Civil Veterinary Dept. North-West Frontier Province 1933-46 - 1933-1946
Year: 1933
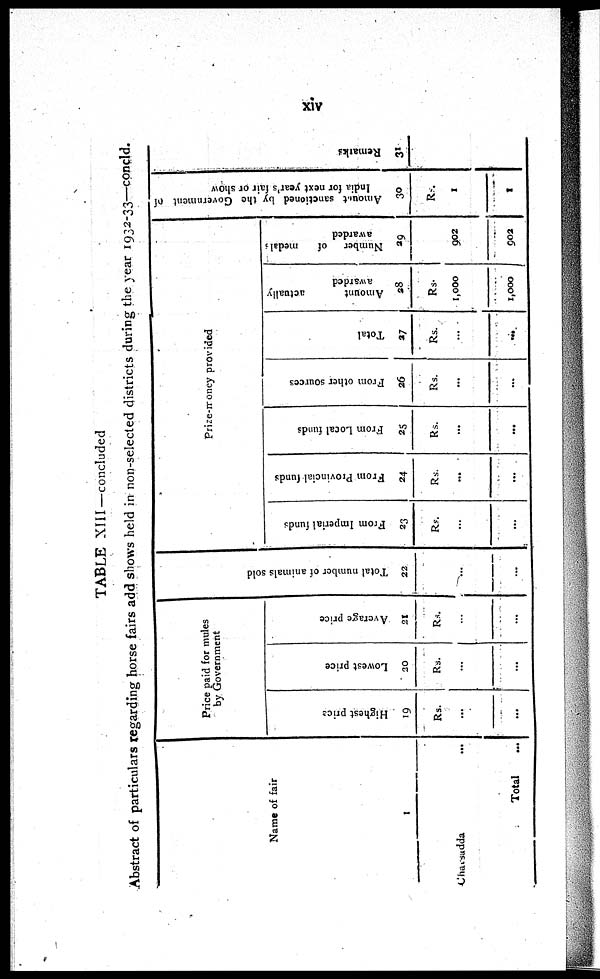
xiv
TABLE XIII—concluded
Abstract of particulars regarding horse fairs add shows held in non-selected districts during the year 1932-33—concld.
Name of fair
1
Charsadda
...
Total ...
Price paid for mules
by Government
Highest price
19
Rs.
...
...
Lowest price
20
Rs.
...
...
Average price
21
Rs.
...
...
Total number of animals sold
22
...
...
Prize-money provided
From Imperial funds
23
Rs.
...
...
From Provincial funds
24
Rs.
...
...
From Local funds
25
Rs.
...
...
From other sources
26
Rs.
...
...
Total
27
Rs.
...
...
Amount
actually
awarded
28
Rs
1,000
1,000
Number
of
medals
awarded
39
902
902
Amount
sanctioned by the Government of
India for next year's fair or show
30
Rs
1
1
Remarks
31